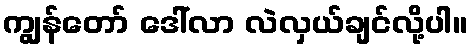
ကျွန်တော် ဒေါ်လာ လဲလှယ်ချင်လို့ပါ။